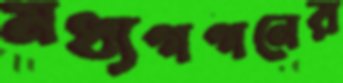
মধ্যগগনের